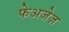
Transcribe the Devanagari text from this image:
फेअजेज़